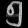
Digit: ၅